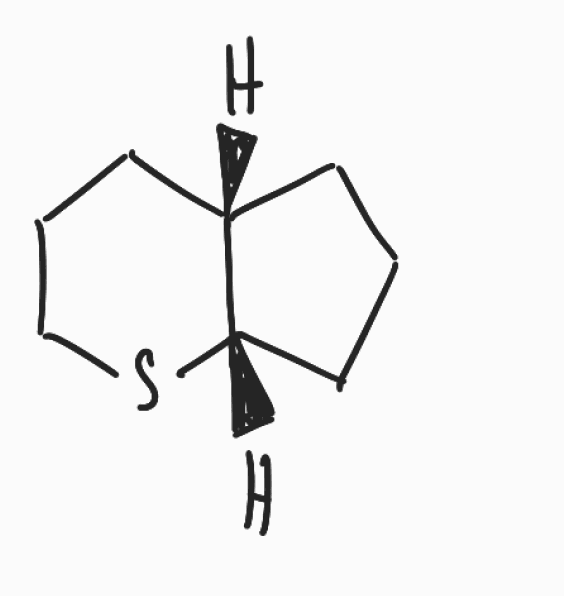
Simplified molecular-input line-entry system (SMILES) notation of the given molecule:
C1C[C@H]2CCCS[C@H]2C1